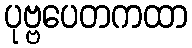
ပုဗ္ဗပေတကထာ